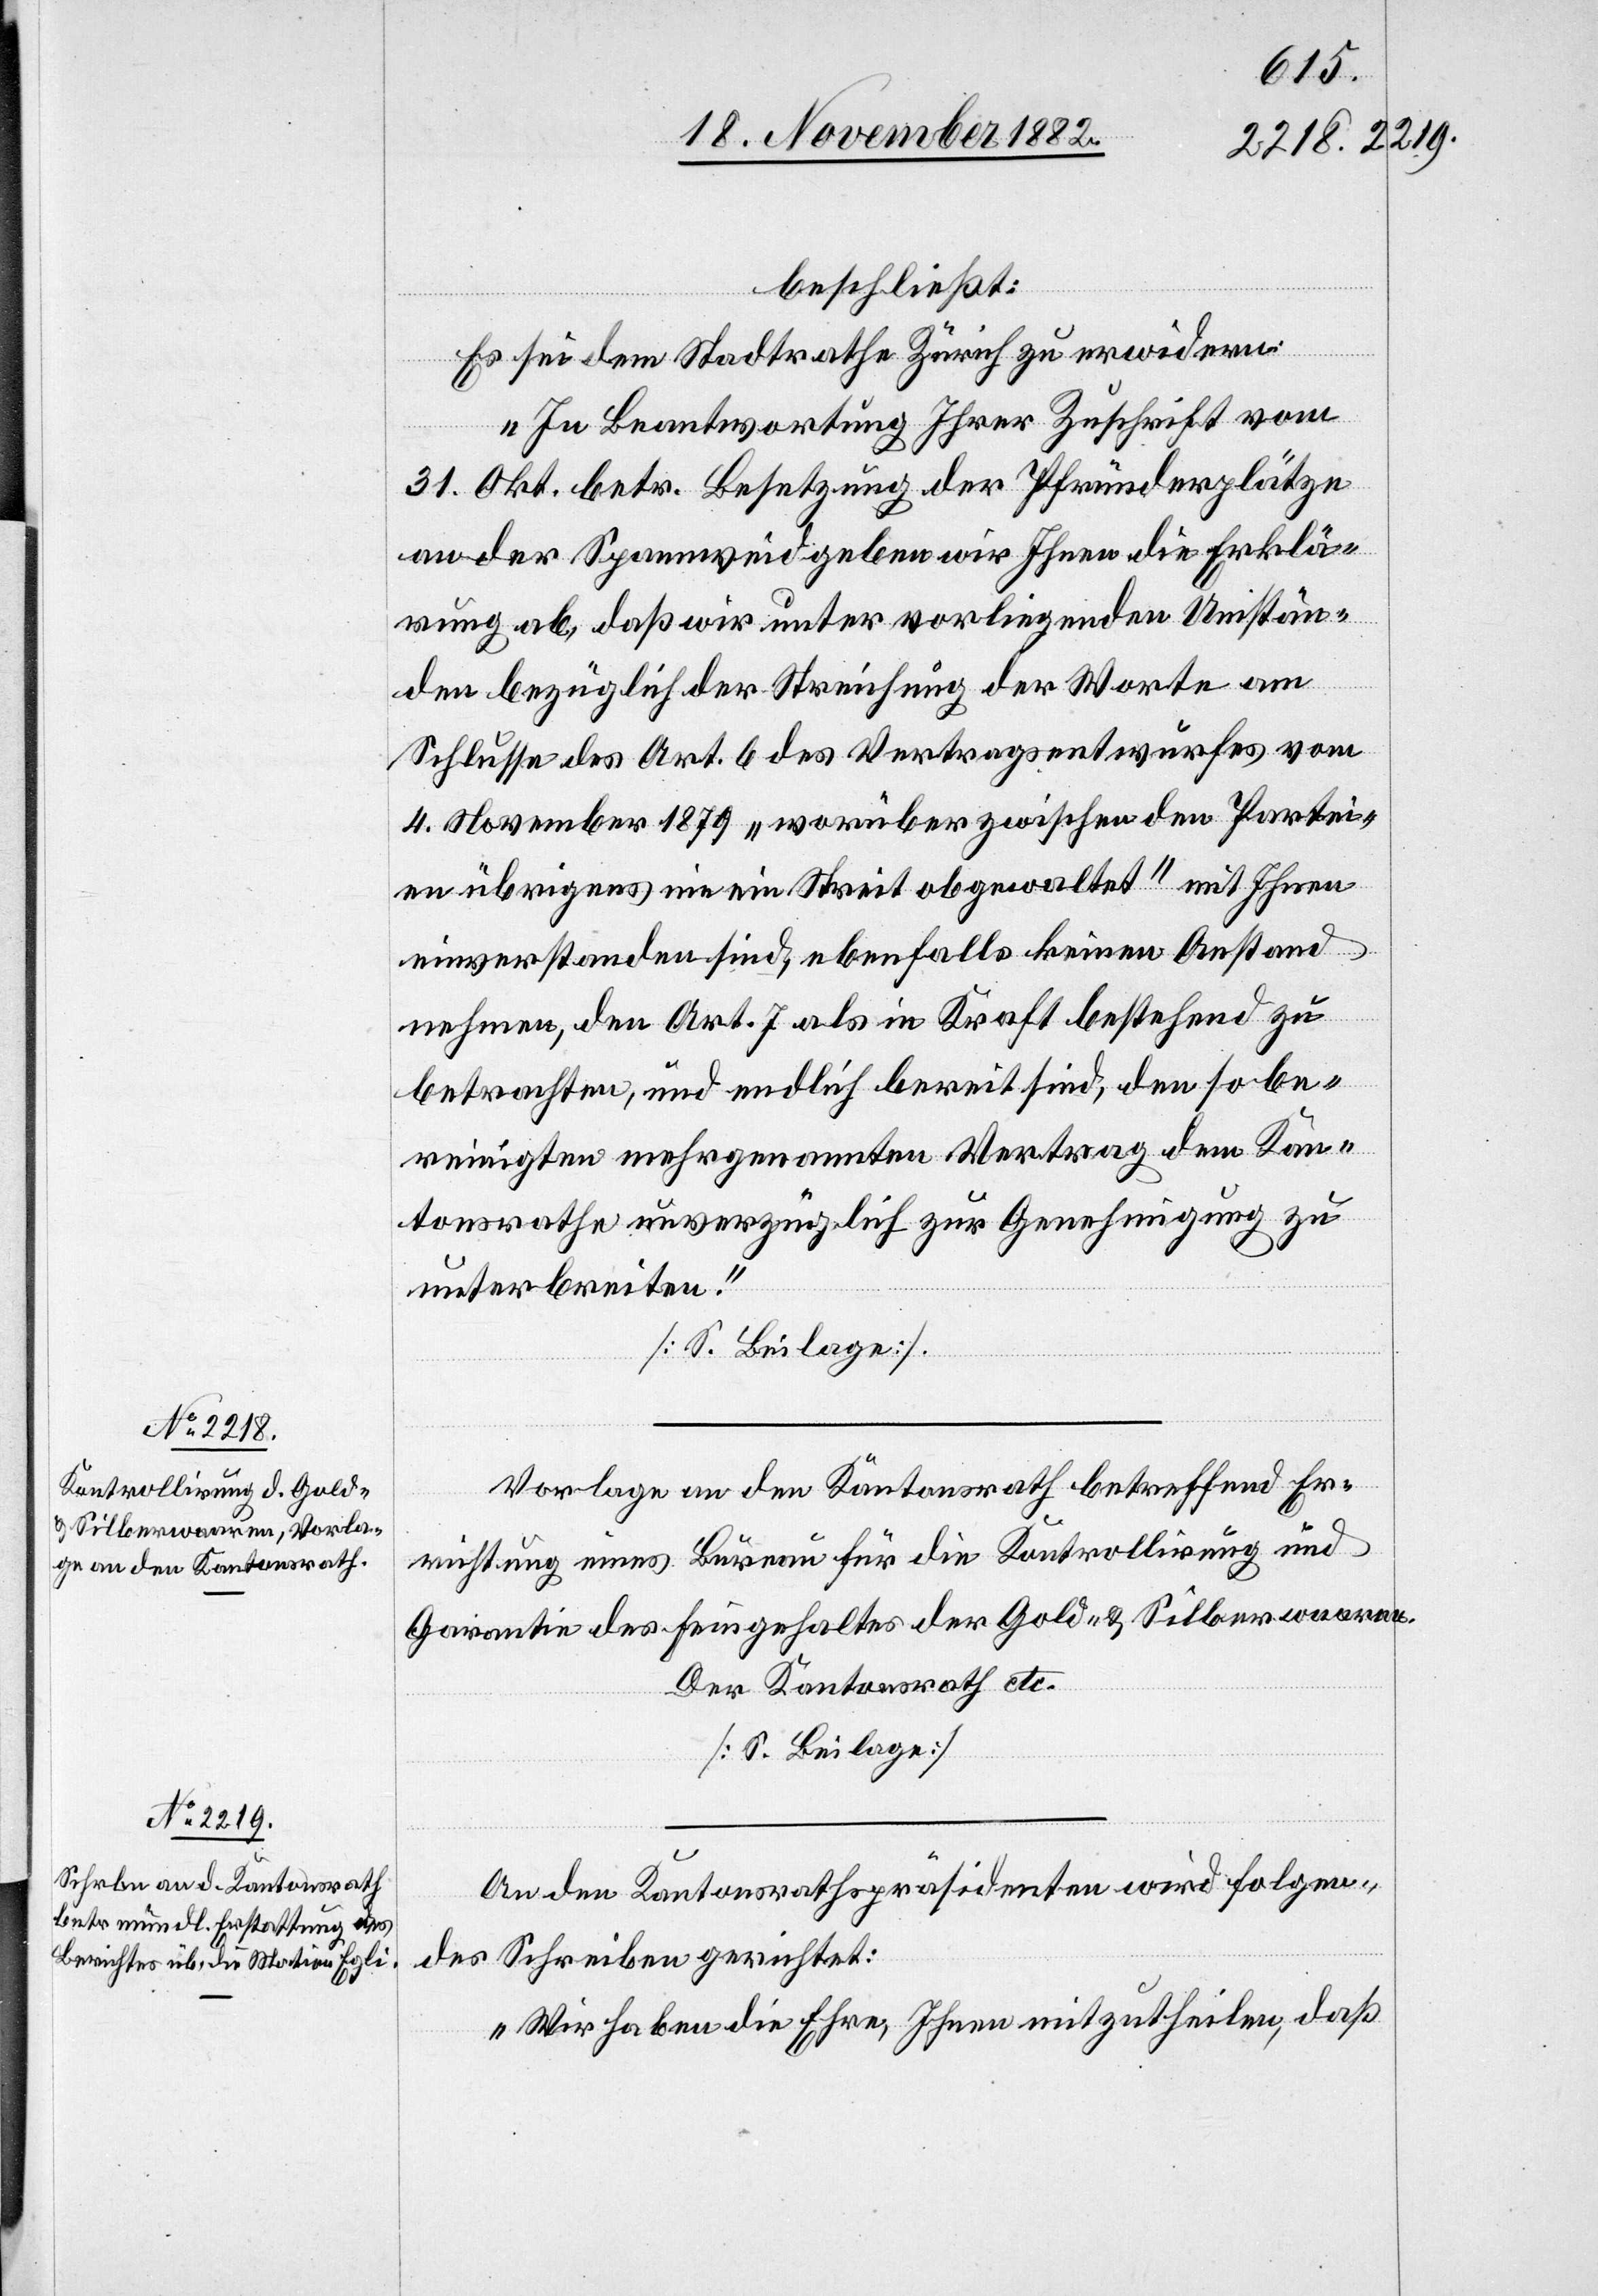
beschließt:
Es sei dem Stadtrathe Zürich zu erwidern:
„In Beantwortung Ihrer Zuschrift vom
31. Okt. betr. Besetzung der Pfründerplätze
an der Spannweid geben wird Ihnen die Erklä¬
rung ab, daß wir unter vorliegenden Umstän¬
den bezüglich der Streichung der Worte am
Schlusse des Art. 6 des Vertragsentwurfes vom
4. November 1879 „worüber zwischen den Partei¬
en übrigens nie ein Streit obgewaltet“ mit Ihnen
einverstanden sind, ebenfalls keinen Anstand
nehmen, den Art. 7 als in Kraft bestehend zu
betrachten, und endlich bereit sind, den so be¬
reinigten mehrgenannten Vertrag dem Kan¬
tonsrathe unverzüglich zur Genehmigung zu
unterbreiten.“
[S. Beilage].
Vorlage an den Kantonsrath betreffend Er¬
richtung eines Bureau für die Kontrollirung und
Garantie des Feingehaltes der Gold- & Silberwaaren.
Der Kantonsrath etc.
[S. Beilage]
An den Kantonsrathspräsidenten wird folgen¬
des Schreiben gerichtet:
„Wir haben die Ehre, Ihnen mitzutheilen, daß